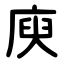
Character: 庾